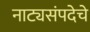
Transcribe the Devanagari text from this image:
नाट्यसंपदेचे